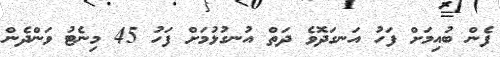
ފެން ބުއިމަށް ފަހު އަނގަދޮވެ ދަތް އުނގުޅުމަށް ފަހު 45 މިނެޓު ވަންދެން